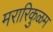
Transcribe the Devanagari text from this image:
मरारिकुळम